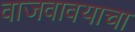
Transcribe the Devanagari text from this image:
वाजवावयाचा